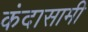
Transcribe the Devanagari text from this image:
कंदासामी